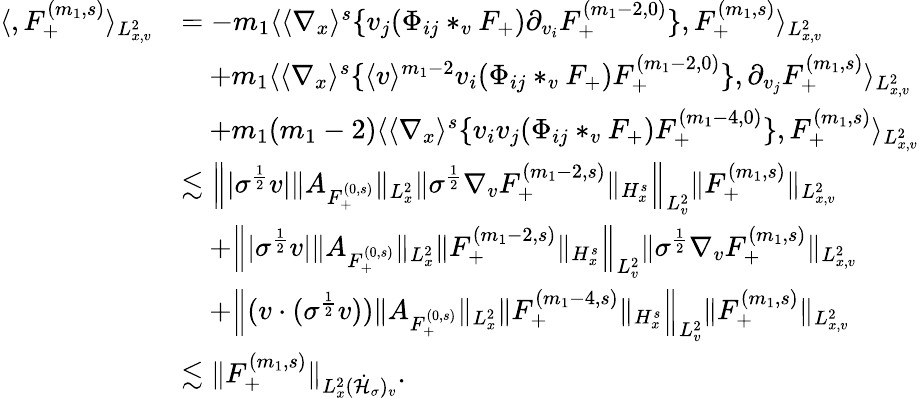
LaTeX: \begin{array}{rl}{\langle,F_{+}^{(m_{1},s)}\rangle_{L_{x,v}^{2}}}&{=-m_{1}\langle\langle\nabla_{x}\rangle^{s}\{ v_{j}(\Phi_{ij}*_{v}F_{+})\partial_{v_{i}}F_{+}^{(m_{1}-2,0)}\} ,F_{+}^{(m_{1},s)}\rangle_{L_{x,v}^{2}}}\\ &{\quad+m_{1}\langle\langle\nabla_{x}\rangle^{s}\{ \langle v\rangle^{m_{1}-2}v_{i}(\Phi_{ij}*_{v}F_{+})F_{+}^{(m_{1}-2,0)}\} ,\partial_{v_{j}}F_{+}^{(m_{1},s)}\rangle_{L_{x,v}^{2}}}\\ &{\quad+m_{1}(m_{1}-2)\langle\langle\nabla_{x}\rangle^{s}\{ v_{i}v_{j}(\Phi_{ij}*_{v}F_{+})F_{+}^{(m_{1}-4,0)}\} ,F_{+}^{(m_{1},s)}\rangle_{L_{x,v}^{2}}}\\ &{\lesssim\Big\| |\sigma^{\frac{1}{2}}v|\| A_{F_{+}^{(0,s)}}\| _{L_{x}^{2}}\| \sigma^{\frac{1}{2}}\nabla_{v}F_{+}^{(m_{1}-2,s)}\| _{H_{x}^{s}}\Big\| _{L_{v}^{2}}\| F_{+}^{(m_{1},s)}\| _{L_{x,v}^{2}}}\\ &{\quad+\Big\| |\sigma^{\frac{1}{2}}v|\| A_{F_{+}^{(0,s)}}\| _{L_{x}^{2}}\| F_{+}^{(m_{1}-2,s)}\| _{H_{x}^{s}}\Big\| _{L_{v}^{2}}\| \sigma^{\frac{1}{2}}\nabla_{v}F_{+}^{(m_{1},s)}\| _{L_{x,v}^{2}}}\\ &{\quad+\Big\| (v\cdot(\sigma^{\frac{1}{2}}v))\| A_{F_{+}^{(0,s)}}\| _{L_{x}^{2}}\| F_{+}^{(m_{1}-4,s)}\| _{H_{x}^{s}}\Big\| _{L_{v}^{2}}\| F_{+}^{(m_{1},s)}\| _{L_{x,v}^{2}}}\\ &{\lesssim\| F_{+}^{(m_{1},s)}\| _{L_{x}^{2}(\dot{\mathcal H}_{\sigma})_{v}}.}\end{array}